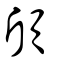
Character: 頎